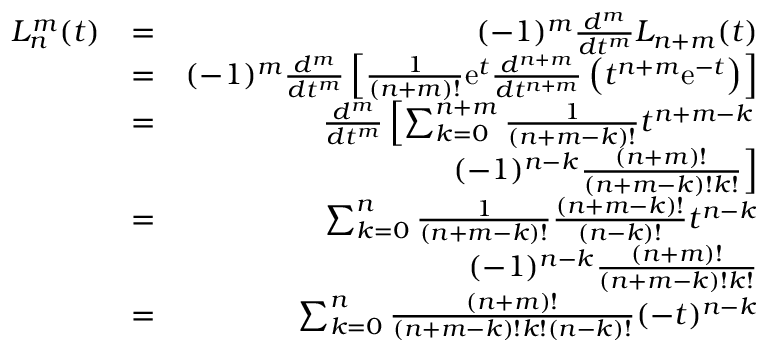
\begin{array} { r l r } { L _ { n } ^ { m } ( t ) } & { = } & { ( - 1 ) ^ { m } \frac { d ^ { m } } { d t ^ { m } } L _ { n + m } ( t ) } \\ & { = } & { ( - 1 ) ^ { m } \frac { d ^ { m } } { d t ^ { m } } \left[ \frac { 1 } { ( n + m ) ! } \mathrm { e } ^ { t } \frac { d ^ { n + m } } { d t ^ { n + m } } \left( t ^ { n + m } \mathrm { e } ^ { - t } \right) \right] } \\ & { = } & { \frac { d ^ { m } } { d t ^ { m } } \left[ \sum _ { k = 0 } ^ { n + m } \frac { 1 } { ( n + m - k ) ! } t ^ { n + m - k } \right. } \\ & { } & { \ \ \left. ( - 1 ) ^ { n - k } \frac { ( n + m ) ! } { ( n + m - k ) ! k ! } \right] } \\ & { = } & { \sum _ { k = 0 } ^ { n } \frac { 1 } { ( n + m - k ) ! } \frac { ( n + m - k ) ! } { ( n - k ) ! } t ^ { n - k } } \\ & { } & { \ \ ( - 1 ) ^ { n - k } \frac { ( n + m ) ! } { ( n + m - k ) ! k ! } } \\ & { = } & { \sum _ { k = 0 } ^ { n } \frac { ( n + m ) ! } { ( n + m - k ) ! k ! ( n - k ) ! } ( - t ) ^ { n - k } } \end{array}